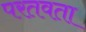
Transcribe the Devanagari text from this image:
परतवता